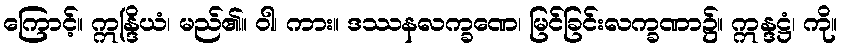
ကြောင့်။ ဣန္ဒြိယံ၊ မည်၏။ ဝါ၊ ကား။ ဒဿနလက္ခဏေ၊ မြင်ခြင်းလက္ခဏာ၌။ ဣန္ဒဋ္ဌံ၊ ကို။